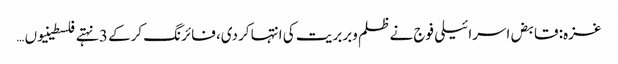
غزہ: قابض اسرائیلی فوج نے ظلم وبربریت کی انتہا کردی، فائرنگ کرکے 3 نہتے فلسطینیوں …